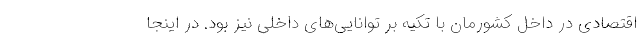
اقتصادی در داخل کشورمان با تکیه بر توانایی‌های داخلی نیز بود. در اینجا